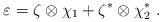
LaTeX: \begin{align*}\varepsilon = \zeta \otimes \chi_1 + \zeta^* \otimes \chi_2^*\ .\end{align*}